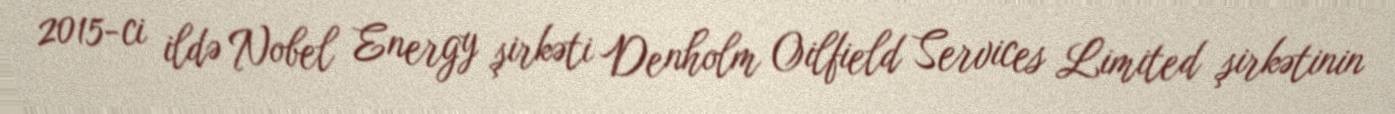
2015-ci ildə Nobel Energy şirkəti Denholm Oilfield Services Limited şirkətinin